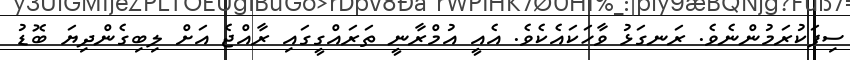
ސިފަކުރަމުންނެވެ. ރަނގަޅު ވާހަކައެކެވެ. އެއީ އުމްރާނީ ތަރައްގީގައި ރާއްޖެ އަށް ލިބިގެންދިޔަ ބޮޑު